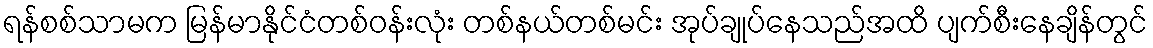
ရန်စစ်သာမက မြန်မာနိုင်ငံတစ်ဝန်းလုံး တစ်နယ်တစ်မင်း အုပ်ချုပ်နေသည်အထိ ပျက်စီးနေချိန်တွင်